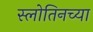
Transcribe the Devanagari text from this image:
स्लोतिनच्या